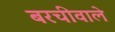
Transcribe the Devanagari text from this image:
बरचीवाले